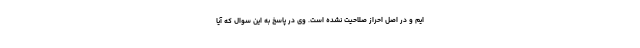
ایم و در اصل احراز صلاحیت نشده است. وی در پاسخ به این سوال که آیا